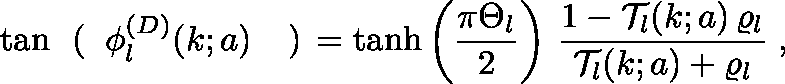
\tan \mathrm { \boldmath \Large ~ \left( ~ \right. ~ } \! \! \! \phi _ { l } ^ { ( D ) } ( k ; a ) \mathrm { \boldmath \Large ~ \left. ~ \right) ~ } \! \! = \operatorname { t a n h } \left( \frac { \pi \Theta _ { l } } { 2 } \right) \, \frac { 1 - { \mathcal T } _ { l } ( k ; a ) \, \varrho _ { l } } { { \mathcal T } _ { l } ( k ; a ) + \varrho _ { l } } \; ,